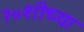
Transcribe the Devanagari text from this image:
२०शीच्या